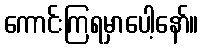
ကောင်းကြရမှာပေါ့နော်။